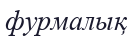
фурмалық